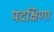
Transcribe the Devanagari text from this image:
पदक्षिणा